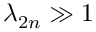
\lambda _ { 2 n } \gg 1